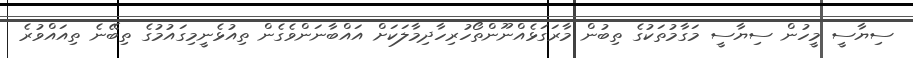
ސިޔާސީ މީހުން ސިޔާސީ މަގާމުތަކުގެ ތިބުން މާރަގަޅެއްނޫންތޯހުރިހާދިމާލަކަށް އައްބާނަންވެގެން ތިއުޅެނީމިގައުމުގެ ތިބޭނެ ތިއައްވުރެ